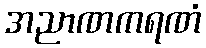
အညာဏကရဏံ